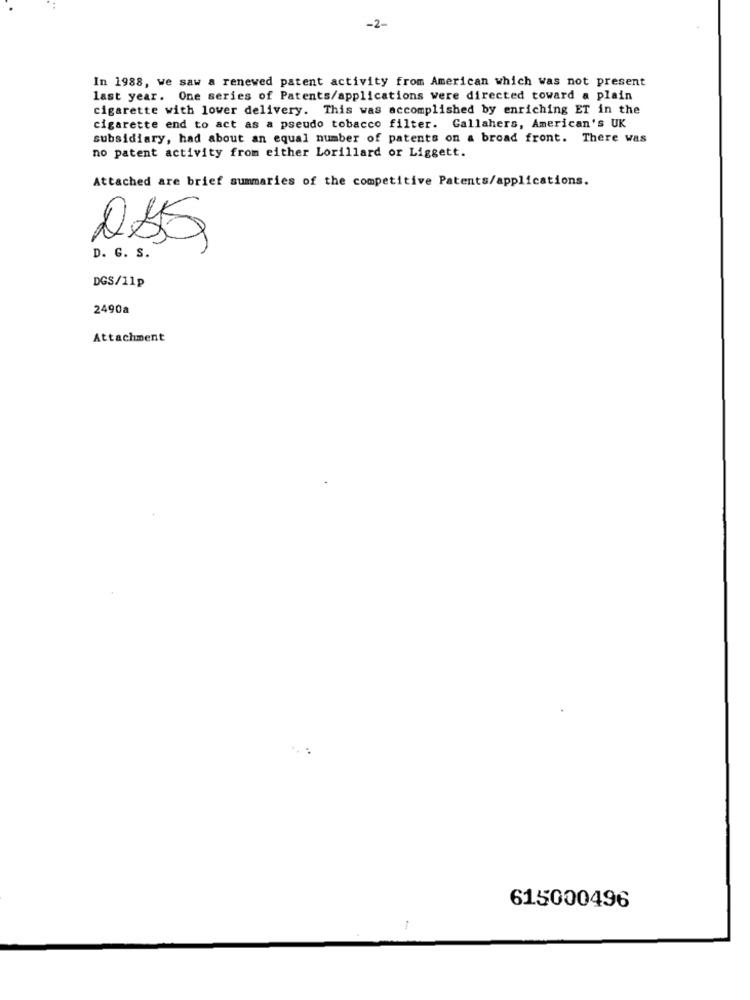
-2-
In 1988, we saw a renewed patent activity from American which was not present
last year. One series of Patents/applications were directed toward a plain
cigarette with lower delivery. This was accomplished by enriching ET in the
cigarette end to act as a pseudo tobacco filter. Callahers, American's UK
subsidiary, had about an equal number of patents on a broad front. There was
no patent activity from either Lorillard or Liggett.
Attached are brief summaries of the competitive Patents/applications.
D. G. S.
DGS/11p
2490a
Attachment
615000496